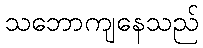
သဘောကျနေသည်